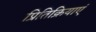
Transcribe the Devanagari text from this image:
प्रितिक्रियाएं